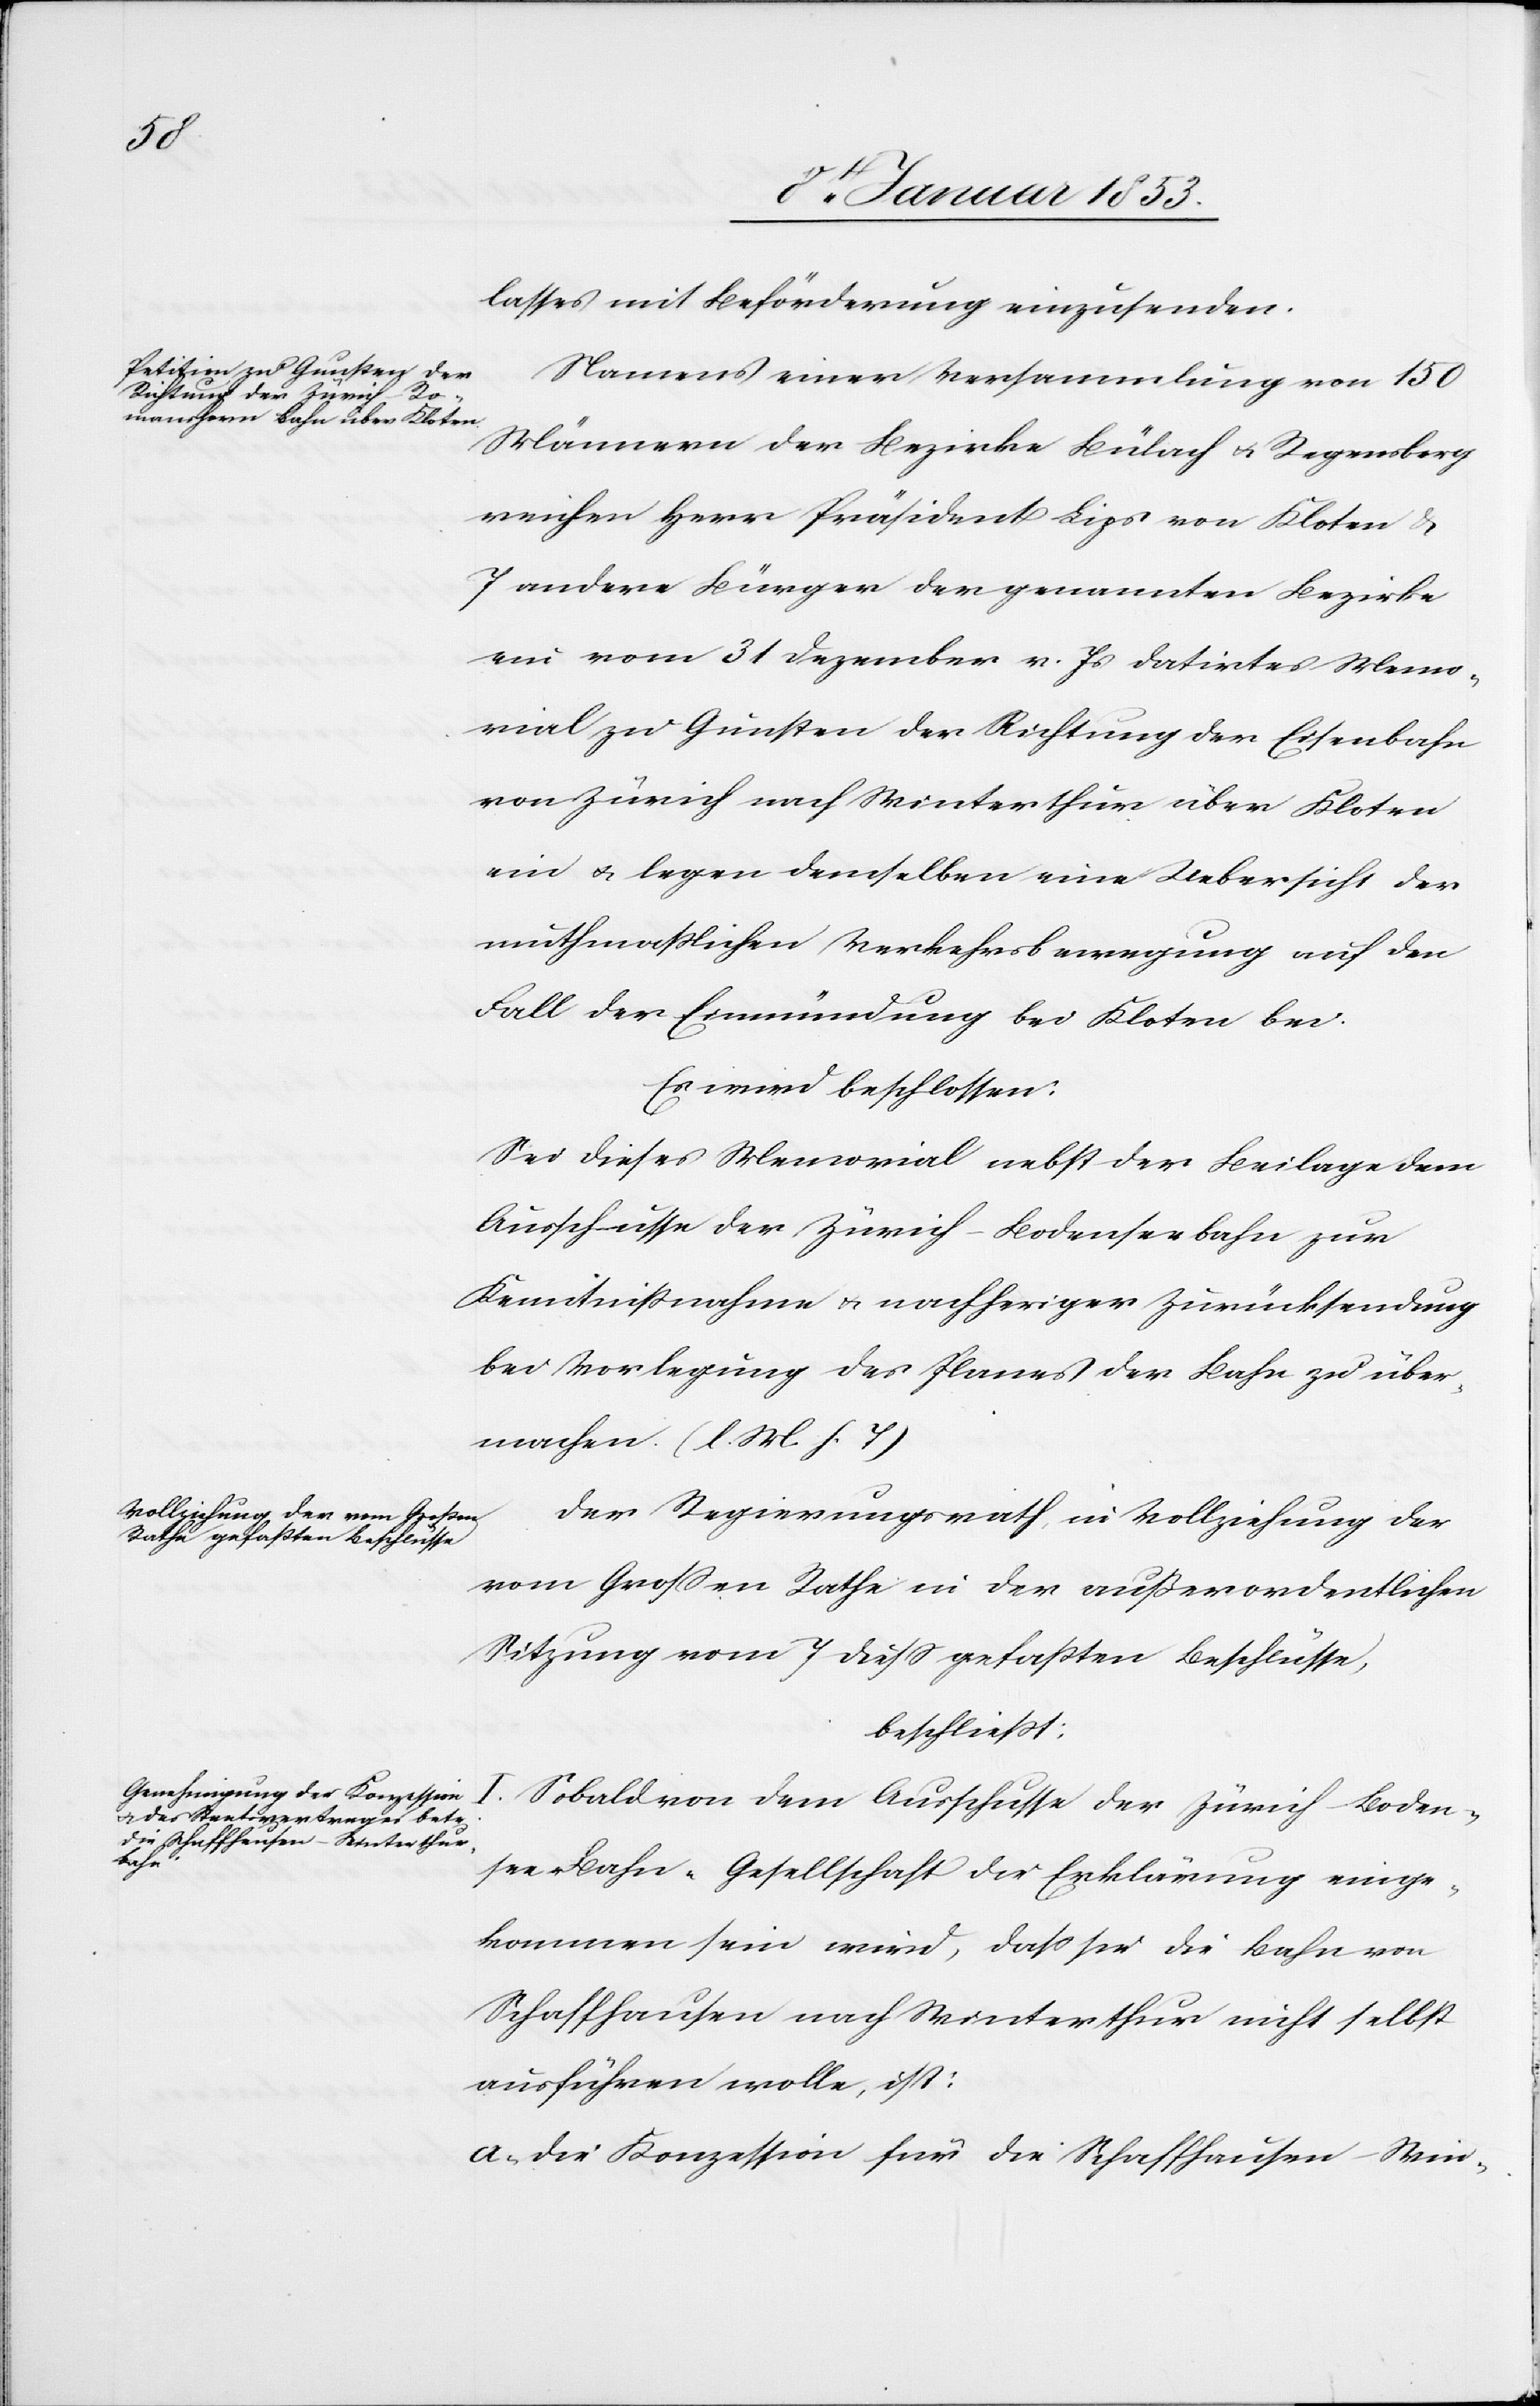
lasses mit Beförderung einzusenden.
Namens einer Versammlung von 150
Männern der Bezirke Bülach u. Regensberg
reichen Herr Präsident Lips von Kloten u.
7 andere Bürger den genannten Bezirke
ein vom 31 Dezember v. Js. datirtes Memo¬
rial zu Gunsten der Richtung der Eisenbahn
von Zürich nach Winterthur über Kloten
ein u. legen demselben eine Uebersicht der
muthmaßlichen Verkehrsbewegung auf den
Fall der Einmündung bei Kloten bei.
Es wird beschlossen:
Sei dieses Memorial nebst der Beilage dem
Ausschuße der Zürich-Bodenseebahn zur
Kenntnißnahme u. nachheriger Zurücksendung
bei Vorlegung des Planes der Bahn zu über¬
machen [l. M. h. T]
Der Regierungsrath in Vollziehung der
vom Großen Rathe in der außerordentlichen
Sitzung vom 7 dieß gefassten Beschlüsse,
beschliesst:
I. Sobald von dem Anschlusse der Zürich Boden¬
see-Bahn-Gesellschaft die Erklärung einge¬
kommen sein wird, dass sie die Bahn von
Schaffhausen nach Winterthur nicht selbst
ausführen wolle, ist:
a. die Konzession für die Schaffhausen-Win-